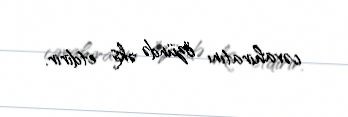
cəvahiratını özündə əks etdirir.